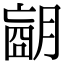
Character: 𦟁